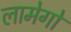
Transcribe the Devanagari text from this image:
लामेगो